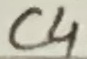
Text: C4